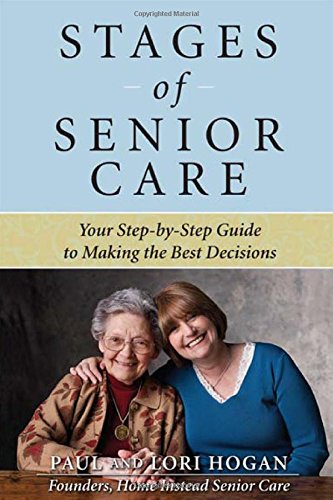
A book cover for Stages of Senior Care: Your Step-by-Step Guide to Making the Best Decisions; Paul Hogan; Parenting & Relationships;